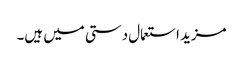
مزید استعمال دستی میں ہیں۔